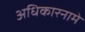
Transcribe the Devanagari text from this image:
अधिकारनामे